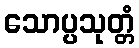
သောပ္ပသုတ္တံ